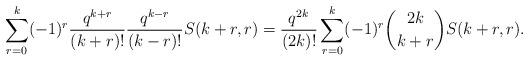
LaTeX: \begin{align*}\sum_{r=0}^k (-1)^r \frac{q^{k+r}}{(k+r)!} \frac{q^{k-r}}{(k-r)!} S(k+r,r) &= \frac{q^{2k}}{(2k)!} \sum_{r=0}^k (-1)^r \binom{2k}{k+r} S(k+r,r) .\end{align*}